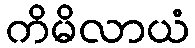
ကိမိလာယံ